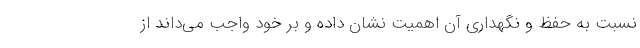
نسبت به حفظ و نگهداری آن اهمیت نشان داده و بر خود واجب می‌داند از